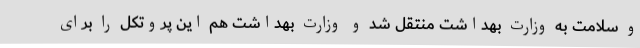
و سلامت به وزارت بهداشت منتقل شد و وزارت بهداشت هم این پروتکل را برای